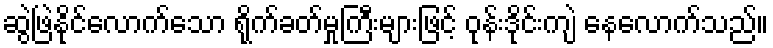
ဆွဲဖြဲနိုင်လောက်သော ရိုက်ခတ်မှုကြီးများဖြင့် ဝုန်းဒိုင်းကျဲ နေလောက်သည်။